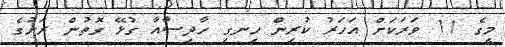
މީގެ 11 ވަރަކަށް އަހަރު ކުރިން ހިނގި ހާދިސާއާ ގުޅޭ ގޮތުން ރަށުގެ